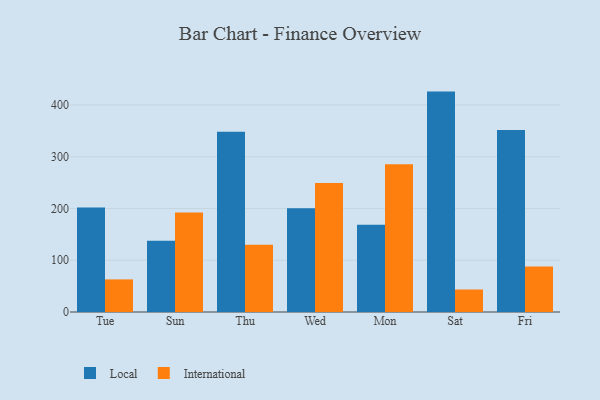
{"axis": {"x": "Day", "y": "Website Visitors"}, "legend": ["International", "Local"], "data": [{"x": "Tue", "y": 202.0, "type": "Local"}, {"x": "Tue", "y": 63.0, "type": "International"}, {"x": "Sun", "y": 137.5, "type": "Local"}, {"x": "Sun", "y": 192.3, "type": "International"}, {"x": "Thu", "y": 348.4, "type": "Local"}, {"x": "Thu", "y": 129.8, "type": "International"}, {"x": "Wed", "y": 200.4, "type": "Local"}, {"x": "Wed", "y": 249.1, "type": "International"}, {"x": "Mon", "y": 168.7, "type": "Local"}, {"x": "Mon", "y": 285.5, "type": "International"}, {"x": "Sat", "y": 425.8, "type": "Local"}, {"x": "Sat", "y": 43.5, "type": "International"}, {"x": "Fri", "y": 351.5, "type": "Local"}, {"x": "Fri", "y": 88.1, "type": "International"}]}